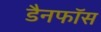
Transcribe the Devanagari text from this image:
डैनफॉस